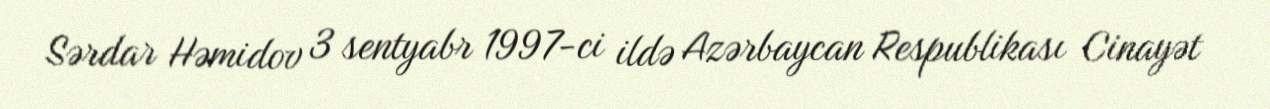
Sərdar Həmidov 3 sentyabr 1997-ci ildə Azərbaycan Respublikası Cinayət